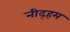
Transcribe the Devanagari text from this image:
नीद्हम